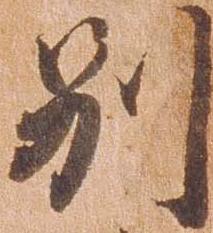
別